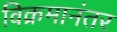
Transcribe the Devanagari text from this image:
विक्रमानंतर